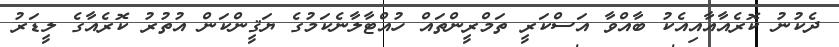
ދެކުނު ކޮރެއާއާއިއެކު ބާއްވާ އަސްކަރީ ތަމްރީންތައް ހުއްޓާލާނެކަމުގެ ޔަޤީންކަން އުތުރު ކޮރެއާގެ ލީޑަރު